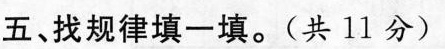
五、找规律填一填。(共11分)